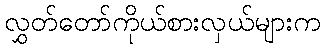
လွှတ်တော်ကိုယ်စားလှယ်များက